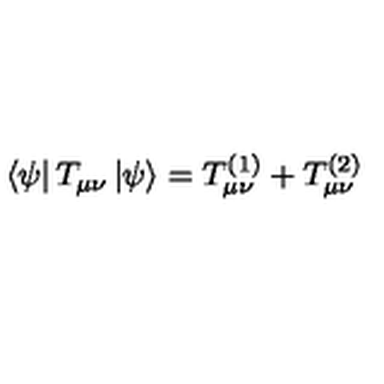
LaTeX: \left< \psi \right| T _ { \mu \nu } \left| \psi \right> = T _ { \mu \nu } ^ { ( 1 ) } + T _ { \mu \nu } ^ { ( 2 ) }